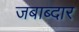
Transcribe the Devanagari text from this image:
जबाब्दार